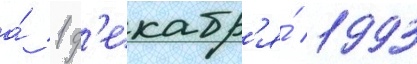
а́ 1 д'екабр'я́ 1993